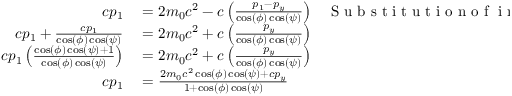
\begin{array} { r l r } { c p _ { 1 } } & { { } = 2 m _ { 0 } c ^ { 2 } - c \left( \frac { p _ { 1 } - p _ { y } } { \cos ( \phi ) \cos ( \psi ) } \right) } & { \mathrm { ~ S ~ u ~ b ~ s ~ t ~ i ~ t ~ u ~ t ~ i ~ o ~ n ~ o ~ f ~ } \mathrm { ~ i ~ n ~ } } \\ { c p _ { 1 } + \frac { c p _ { 1 } } { \cos ( \phi ) \cos ( \psi ) } } & { { } = 2 m _ { 0 } c ^ { 2 } + c \left( \frac { p _ { y } } { \cos ( \phi ) \cos ( \psi ) } \right) } & { } \\ { c p _ { 1 } \left( \frac { \cos ( \phi ) \cos ( \psi ) + 1 } { \cos ( \phi ) \cos ( \psi ) } \right) } & { { } = 2 m _ { 0 } c ^ { 2 } + c \left( \frac { p _ { y } } { \cos ( \phi ) \cos ( \psi ) } \right) } & { } \\ { c p _ { 1 } } & { { } = \frac { 2 m _ { 0 } c ^ { 2 } \cos ( \phi ) \cos ( \psi ) + c p _ { y } } { 1 + \cos ( \phi ) \cos ( \psi ) } } & { } \end{array}